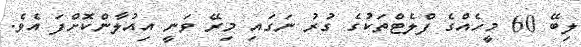
ލިބޭ 60 މީހެއްގެ ފްލެޓްތަކުގެ ގުރު ނަގައި މިރޭ ވަނީ އިއުލާންކޮށްފަ އެވެ.